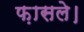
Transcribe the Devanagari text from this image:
फ़ासले।